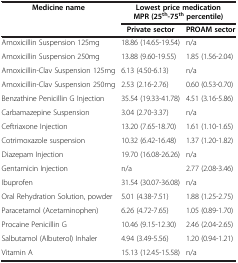
<table><thead><tr><td><b>Medicine name</b></td><td colspan="2"><b>Lowest price medication MPR(25<sup>th</sup>-75<sup>th</sup>percentile)</b></td></tr><tr><td><b> </b></td><td><b>Private sector</b></td><td><b>PROAM sector</b></td></tr></thead><tbody><tr><td>Amoxicillin Suspension 125mg</td><td>18.86 (14.65-19.54)</td><td>n/a</td></tr><tr><td>Amoxicillin Suspension 250mg</td><td>13.88 (9.60-19.55)</td><td>1.85 (1.56-2.04)</td></tr><tr><td>Amoxicillin-Clav Suspension 125mg</td><td>6.13 (4.50-6.13)</td><td>n/a</td></tr><tr><td>Amoxicillin-Clav Suspension 250mg</td><td>2.53 (2.16-2.76)</td><td>0.60 (0.53-0.70)</td></tr><tr><td>Benzathine Penicillin G Injection</td><td>35.54 (19.33-41.78)</td><td>4.51 (3.16-5.86)</td></tr><tr><td>Carbamazepine Suspension</td><td>3.04 (2.70-3.37)</td><td>n/a</td></tr><tr><td>Ceftriaxone Injection</td><td>13.20 (7.65-18.70)</td><td>1.61 (1.10-1.65)</td></tr><tr><td>Cotrimoxazole suspension</td><td>10.32 (6.42-16.48)</td><td>1.37 (1.20-1.82)</td></tr><tr><td>Diazepam Injection</td><td>19.70 (16.08-26.26)</td><td>n/a</td></tr><tr><td>Gentamicin Injection</td><td>n/a</td><td>2.77 (2.08-3.46)</td></tr><tr><td>Ibuprofen</td><td>31.54 (30.07-36.08)</td><td>n/a</td></tr><tr><td>Oral Rehydration Solution, powder</td><td>5.01 (4.38-7.51)</td><td>1.88 (1.25-2.75)</td></tr><tr><td>Paracetamol (Acetaminophen)</td><td>6.26 (4.72-7.65)</td><td>1.05 (0.89-1.70)</td></tr><tr><td>Procaine Penicillin G</td><td>10.46 (9.15-12.30)</td><td>2.46 (2.04-2.65)</td></tr><tr><td>Salbutamol (Albuterol) Inhaler</td><td>4.94 (3.49-5.56)</td><td>1.20 (0.94-1.21)</td></tr><tr><td>Vitamin A</td><td>15.13 (12.45-15.58)</td><td>n/a</td></tr></tbody></table>